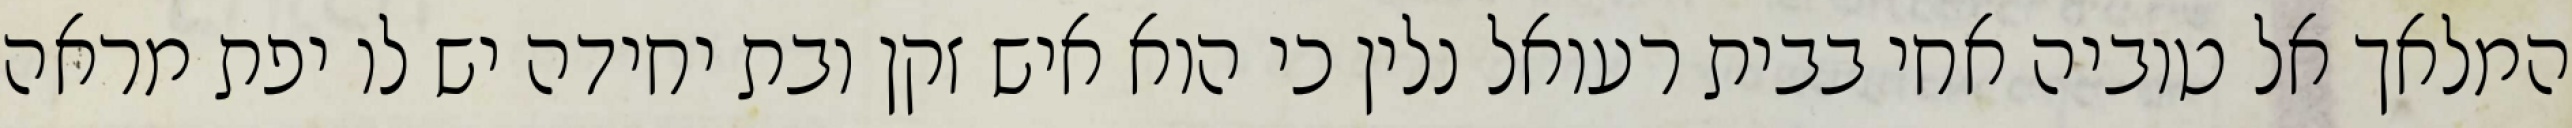
המלאך אל טוביה אחי בבית רעואל נלין כי הוא איש זקן ובת יחידה יש לו יפת מראה